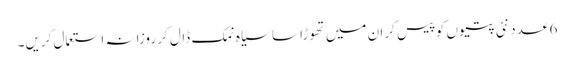
6 عدد نئی پتیوں کو پیس کر ان میں تھوڑا سا سیاہ نمک ڈال کر روزانہ استعمال کریں۔